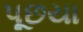
પૂછયા